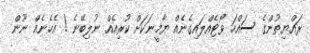
ރައްޔިތުންގެ ސައްހަ ވޯޓެއްލައިގެނެއް ޔާމީނަކަށް ކުރިއެއް ނުލިބޭނެ ! އެހެނެއް ނޫން